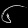
Digit: ၆